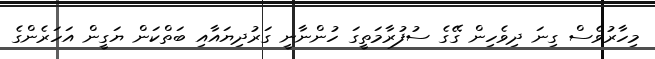
މިހާރުވެސް ގިނަ ދިވެހިން ގޭގެ ސުފުރާމަތީގަ ހުންނާނީ ގަރުދިޔައާއި ބަތްކަން ޔަގީން އަހަރެންގެ